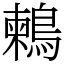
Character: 鶫